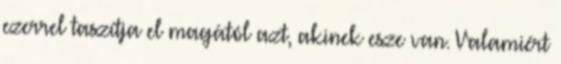
ezerrel taszítja el magától azt, akinek esze van. Valamiért